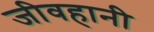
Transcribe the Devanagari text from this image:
जीवहानी